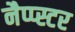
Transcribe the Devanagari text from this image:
नैप्प्स्टर